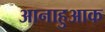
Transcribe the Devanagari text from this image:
आनाहुआक